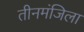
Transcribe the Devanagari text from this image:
तीनमंजिला